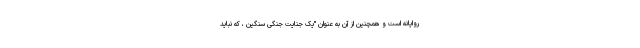
روایانه است و همچنین از آن به عنوان "یک جنایت جنگی سنگین ، که نباید